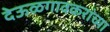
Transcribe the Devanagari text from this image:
देऊळगावकरांच्या